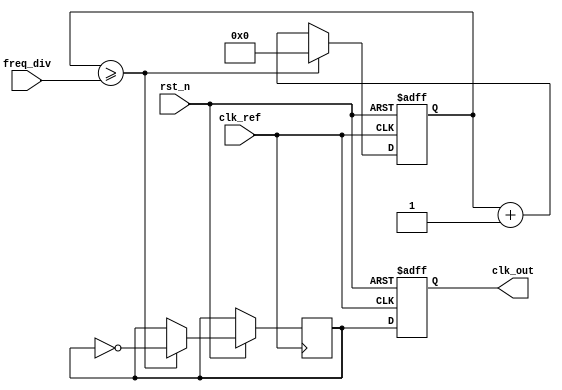
module adpll (
    input wire clk_ref,        // Reference clock input
    input wire rst_n,         // Active low reset
    input wire [7:0] freq_div, // Frequency division factor (programmable)
    output reg clk_out        // Output clock
);

    // Phase Detector
    reg phase_error;           // Phase error signal
    reg feedback_clk;          // Feedback clock from DCO

    // Digital Loop Filter
    reg [15:0] dlf;            // Digital Loop Filter output

    // Frequency Divider
    reg [7:0] count;           // Counter for frequency division
    reg clk_div;               // Divided clock

    // Digital Controlled Oscillator (DCO)
    reg [15:0] dco_counter;    // DCO counter
    reg [15:0] dco_freq;       // Current DCO frequency

    always @(posedge clk_ref or negedge rst_n) begin
        if (!rst_n) begin
            phase_error <= 0;
            feedback_clk <= 0;
            dlf <= 0;
            count <= 0;
            dco_counter <= 0;
            dco_freq <= 16'd1; // Initial DCO frequency
            clk_out <= 0;
        end else begin
            // Phase Detector (Simple XOR for Phase Error)
            phase_error <= (clk_ref ^ feedback_clk);

            // Digital Loop Filter (Simple integrator for demonstration)
            dlf <= dlf + phase_error;

            // Adjust DCO frequency based on loop filter output
            dco_freq <= dlf[15:0];

            // DCO simulation (frequency scaling)
            dco_counter <= dco_counter + dco_freq;
            feedback_clk <= (dco_counter >= 16'd10000) ? ~feedback_clk : feedback_clk; // Example threshold simulates frequency

            // Frequency Divider
            if (count >= freq_div) begin
                clk_div <= ~clk_div; // Toggle divided clock
                count <= 0;          // Reset count
            end else begin
                count <= count + 1;
            end

            // Output Clock Signal
            clk_out <= clk_div;
        end
    end
endmodule